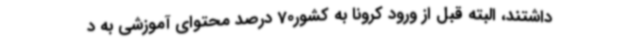
داشتند، البته قبل از ورود کرونا به کشور70 درصد محتوای آموزشی به د